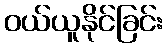
ဝယ်ယူနိုင်ခြင်း